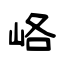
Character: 峈